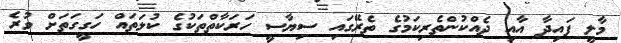
މާލީ ފައިދާ އާއި ދެއްކުންތެރިކަމުގެ ތެރޭގައި ސިޔާސީ ހަރަކާތްތަކުގެ ކުލަތައް ހަގީގަތަށް ވުރެ